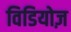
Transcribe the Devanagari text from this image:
विडियोज़